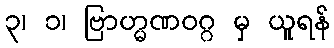
၃၊ ၁၊ ဗြာဟ္မဏဝဂ္ဂ မှ ယူရန်